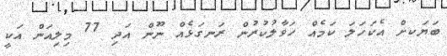
ބަޔަކށް އެކަހަލަ ކަމެއް ހަވާލުކުރުން ރަނގަޅެއް ނޫން އަދި 77 މިލިއަން އަކީ